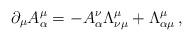
\begin{align*}\partial_{\mu}A^{\mu}_{\alpha}=-A^{\nu}_{\alpha}\Lambda^{\mu}_{\nu\mu}+\Lambda^{\mu}_{\alpha\mu}\,,\end{align*}